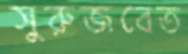
সুরুজবেত